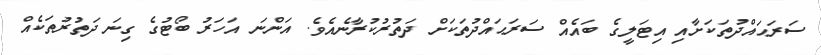
ސަރަޙައްދުތަކަށާއި އިޓަލީގެ ބައެއް ސަރަޙައްދުތަކަށް ދަތުރުކުރާނެއެވެ. އަންނަ އަހަރު ބޯޓުގެ ގިނަ ދަތުރުތަކެއް